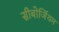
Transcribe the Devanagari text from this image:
सीबोर्जियम